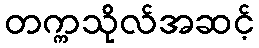
တက္ကသိုလ်အဆင့်